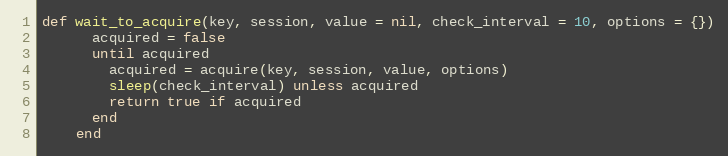
Language: Ruby
def wait_to_acquire(key, session, value = nil, check_interval = 10, options = {})
      acquired = false
      until acquired
        acquired = acquire(key, session, value, options)
        sleep(check_interval) unless acquired
        return true if acquired
      end
    end